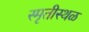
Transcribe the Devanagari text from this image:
स्मृतीस्थळ